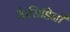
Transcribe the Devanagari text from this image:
कैसिडिनी